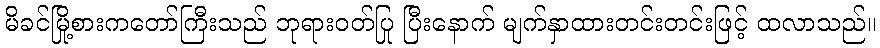
မိခင်မြို့စားကတော်ကြီးသည် ဘုရားဝတ်ပြု ပြီးနောက် မျက်နှာထားတင်းတင်းဖြင့် ထလာသည်။